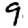
Digit: 9